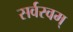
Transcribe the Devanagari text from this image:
सर्वस्वम्